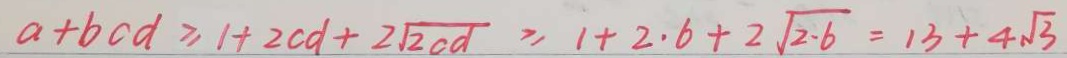
a + b c d \geq 1 + 2 c d + 2 \sqrt { 2 c d } \geq 1 + 2 \cdot b + 2 \sqrt { 2 \cdot b } = 1 3 + 4 \sqrt { 3 }